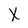
Character: x